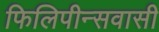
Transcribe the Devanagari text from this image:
फिलिपीन्सवासी